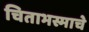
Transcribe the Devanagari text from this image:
चिताभस्माचे